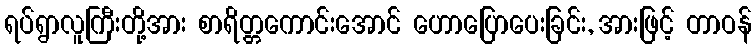
ရပ်ရွာလူကြီးတို့အား စာရိတ္တကောင်းအောင် ဟောပြောပေးခြင်း, အားဖြင့် တာဝန်